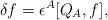
LaTeX: \begin{align*}\delta f = \epsilon^A[Q_A, f], \end{align*}